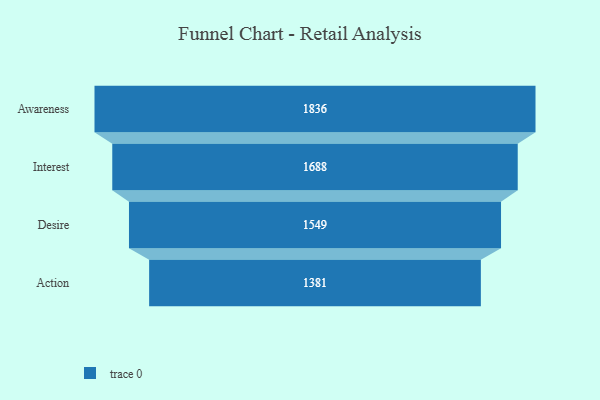
{"axis": {"x": "Stage", "y": "Value"}, "legend": [""], "data": [{"x": "Awareness", "y": 1836.0, "type": ""}, {"x": "Interest", "y": 1688.0, "type": ""}, {"x": "Desire", "y": 1549.0, "type": ""}, {"x": "Action", "y": 1381.0, "type": ""}]}